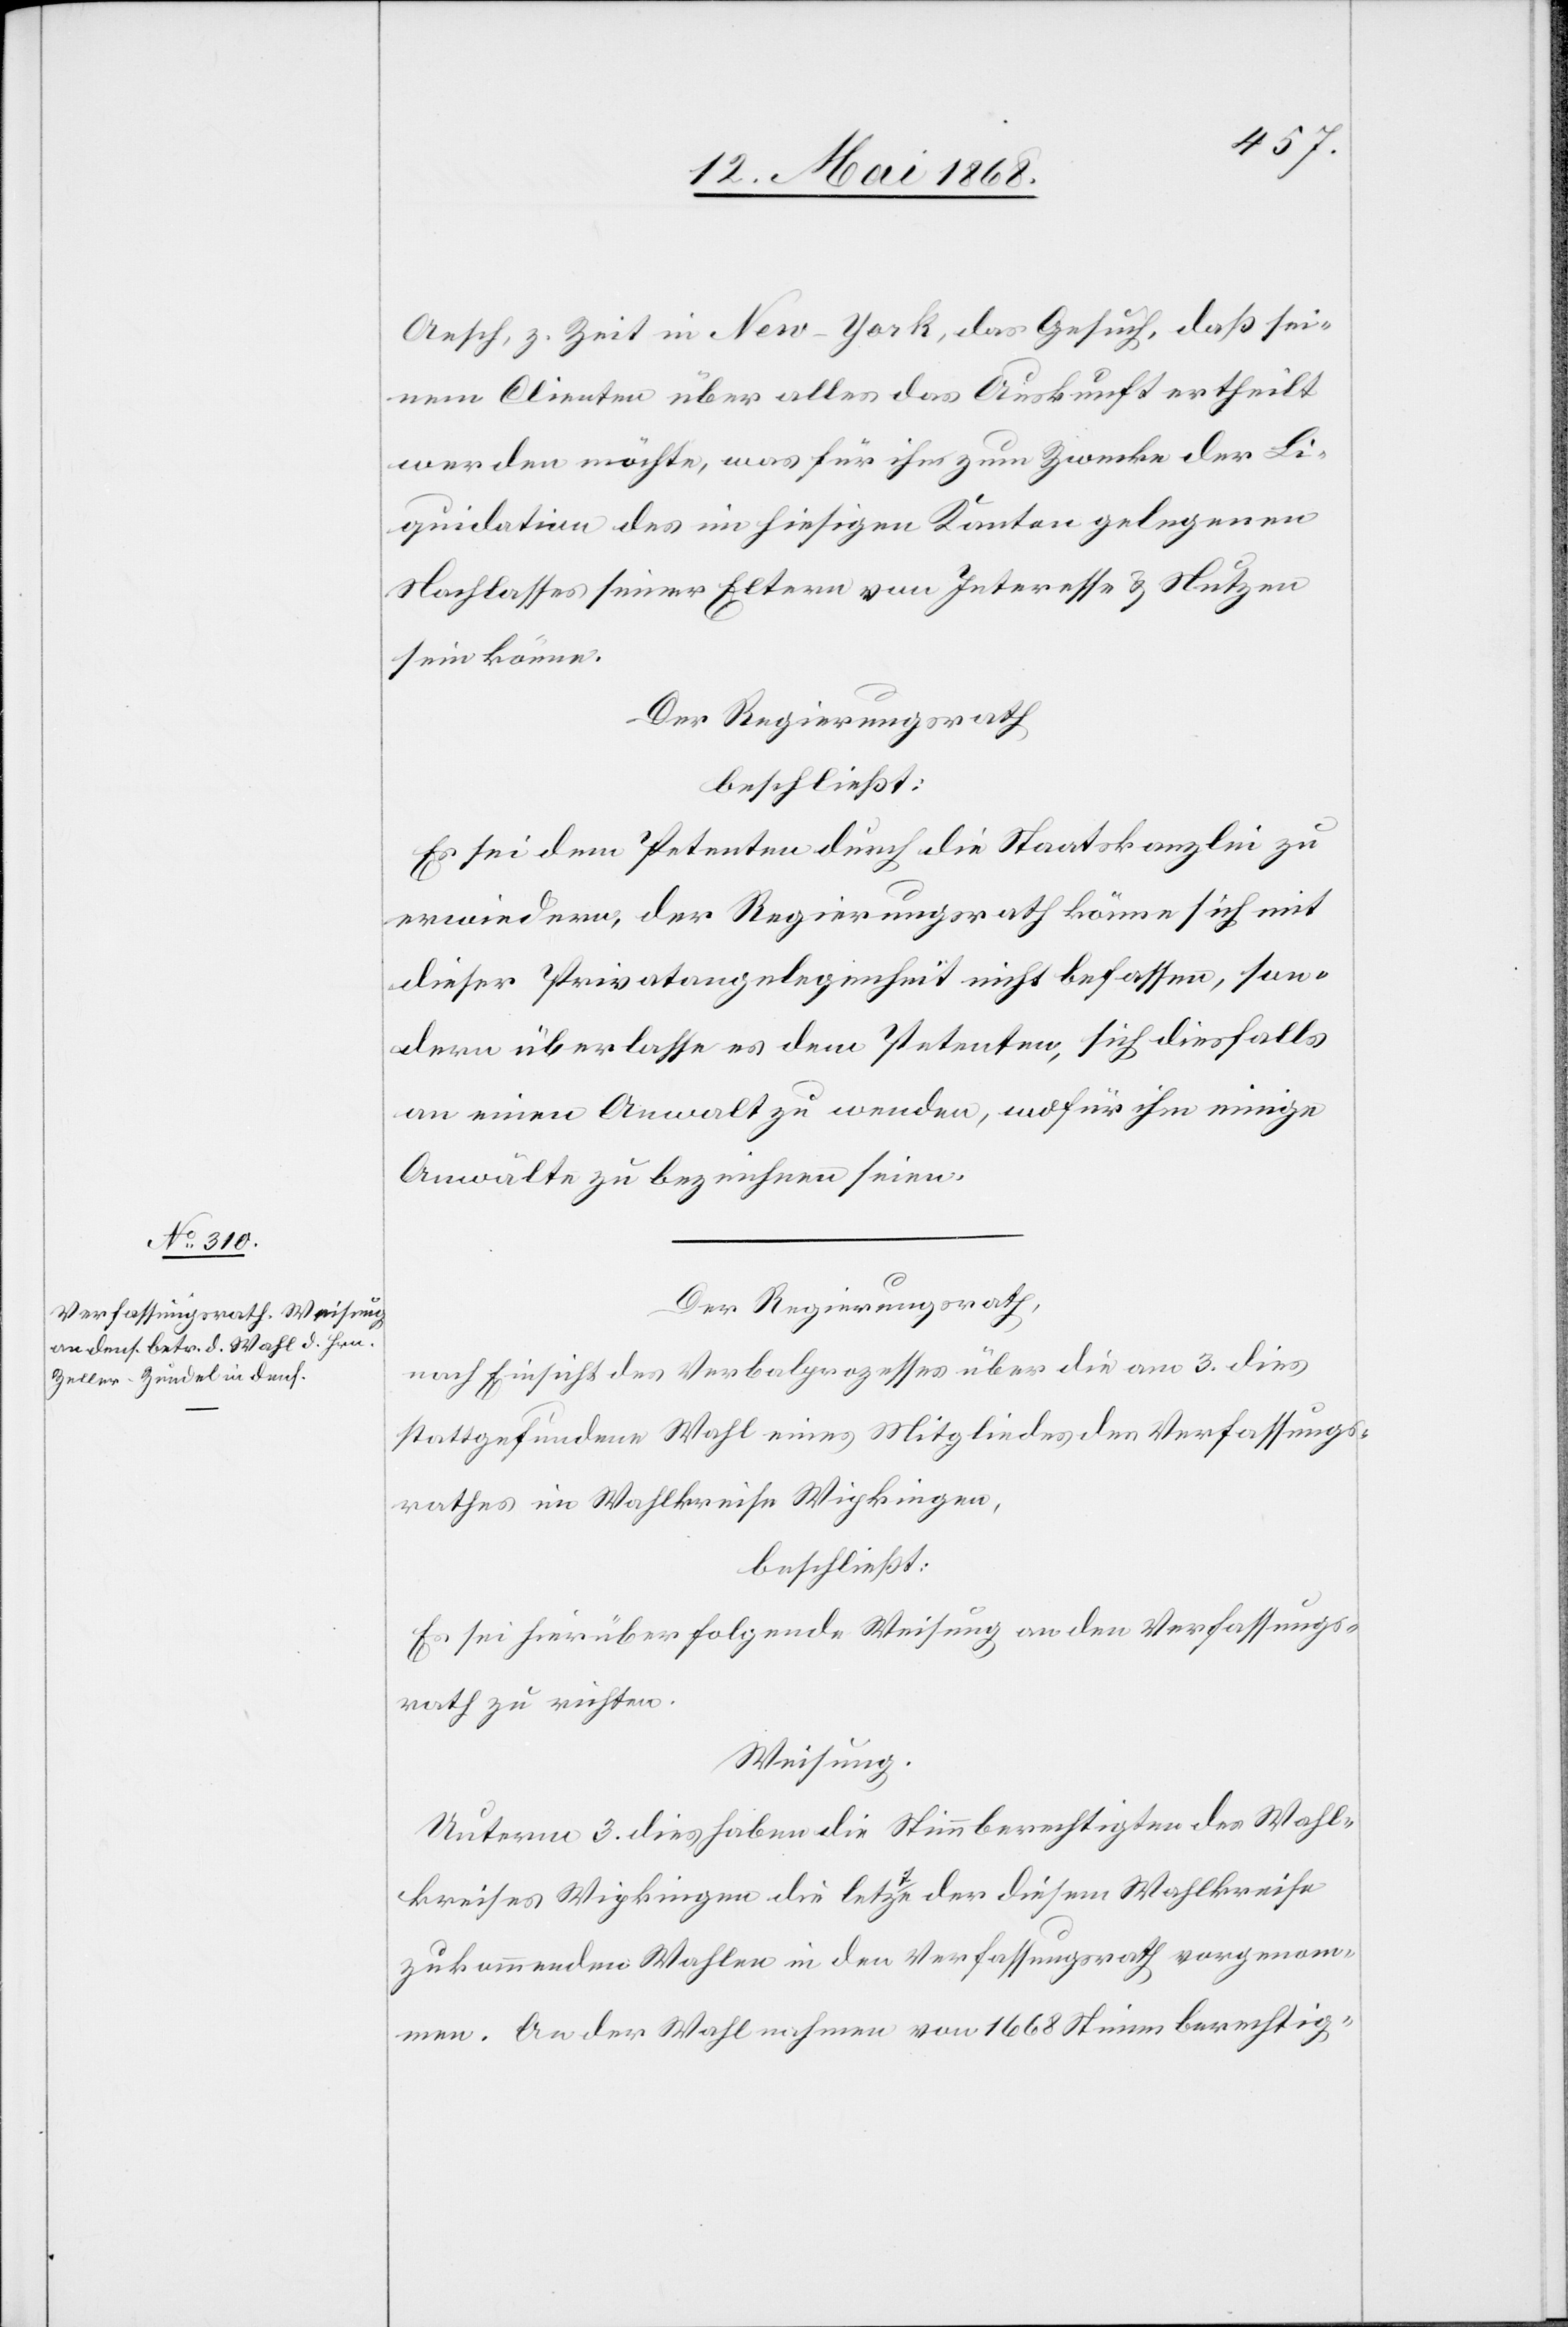
Aesch, z. Zeit in New-York, das Gesuch, daß sei¬
nem Clienten über alles das Auskunft ertheilt
werden möchte, was für ihn zum Zwecke der L¬
iquidation des im hiesigen Kanton gelegenen
Nachlasses seiner Eltern von Interesse & Nutzen
sein könne.
Der Regierungsrath
beschließt:
Es sei dem Petenten durch die Staatskanzlei zu
erwiedern, der Regierungsrath könne sich mit
dieser Privatangelegenheit nicht befassen, son¬
dern überlasse es dem Petenten, sich diesfalls
an einen Anwalt zu wenden, wofür ihm einige
Anwälte zu bezeichnen seien.
Der Regierungsrath,
nach Einsicht des Verbalprozesses über die am 3. dies
stattgefundene Wahl eines Mitgliedes des Verfassungs¬
rathes im Wahlkreise Wipkingen,
beschließt:
Es sei hierüber folgende Weisung an den Verfassungs¬
rath zu richten.
Weisung.
Unterm 3. dies haben die Stimmberechtigten des Wahl¬
kreises Wipkingen die letzte der diesem Wahlkreise
zukommenden Wahlen in den Verfassungsrath vorgenom¬
men. An der Wahl nahmen von 1668 Stimmberechtig-